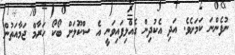
ނުފެންނަ ކަމަށެވެ. އަދި އެކުދިން ގެއްލިފައިވަނީ އެ ސްކޫލަށް ބޯކޯ ހަރާމް ޖަމާއަތުން